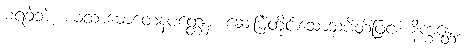
မရခဲ့ဘဲ။ ယထာဓောတေနပတ္တေန၊ ဆေးမြဲတိုင်းသောသပိတ်ဖြင့်။ နိက္ခန္တော၊